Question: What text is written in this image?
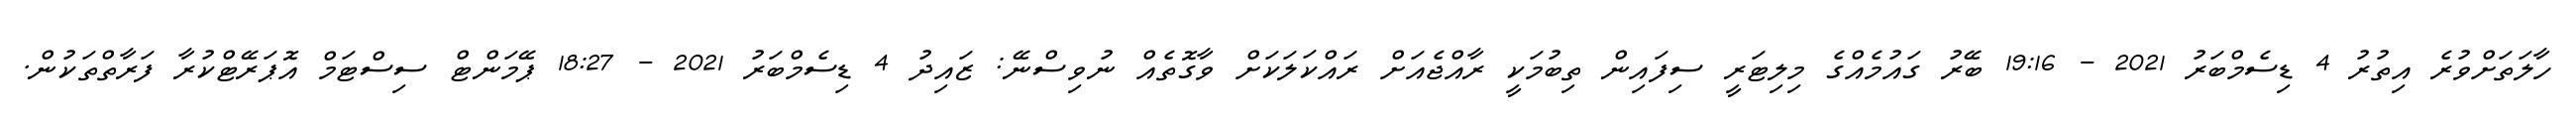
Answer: ހާލަތަށްވުރެ އިތުރު 4 ޑިސެމްބަރު 2021 - 19:16 ބޭރު ގައުމެއްގެ މިލިޓަރީ ސިފައިން ތިބުމަކީ ރާއްޖެއަށް ރައްކަލަކަށް ވާގޮތެއް ނުވިސްނޭ: ޒައިދު 4 ޑިސެމްބަރު 2021 - 18:27 ޕޭމަންޓް ސިސްޓަމް އޮޕަރޭޓްކުރާ ފަރާތްތަކުން.